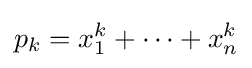
p_{k}=x_{1}^{k}+\cdots +x_{n}^{k}